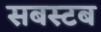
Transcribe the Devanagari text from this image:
सबस्टब